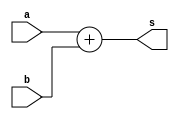
module adder_4_assign_signed (a, b, s);
input signed [7:0] a, b;
output signed [8:0] s;

assign s = a + b;

endmodule // adder_4_assign_signed